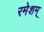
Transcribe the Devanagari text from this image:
रमेशम्